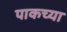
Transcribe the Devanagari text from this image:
पाकच्या